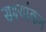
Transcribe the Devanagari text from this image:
सक्ष्यांकन